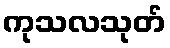
ကုသလသုတ်